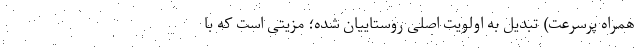
همراه پرسرعت) تبدیل به اولویت اصلی روستاییان شده؛ مزیتی است که با